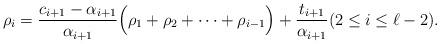
LaTeX: \begin{align*} \rho_i = \frac{c_{i+1} - \alpha_{i+1} }{ \alpha_{i+1}} \Big( \rho_1 + \rho_2 + \cdots + \rho_{i-1} \Big) + \frac{t_{i+1} }{\alpha_{i+1}} (2 \le i \le \ell-2).\end{align*}